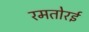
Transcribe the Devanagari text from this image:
रमतोरई